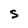
Character: s